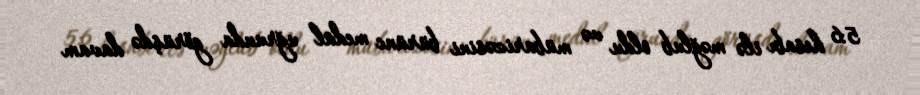
5:6 hesabı ilə məğlub oldu və mübarizəsini bürünc medal uğrunda görüşdə davam